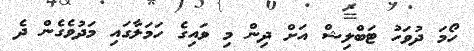
ހޯމަ ދުވަހު ޓަބްލިޝް އަށް ދިން މި ވައިގެ ހަމަލާގައި މަދުވެގެން ދެ